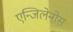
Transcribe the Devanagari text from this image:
एन्जिलेनोस